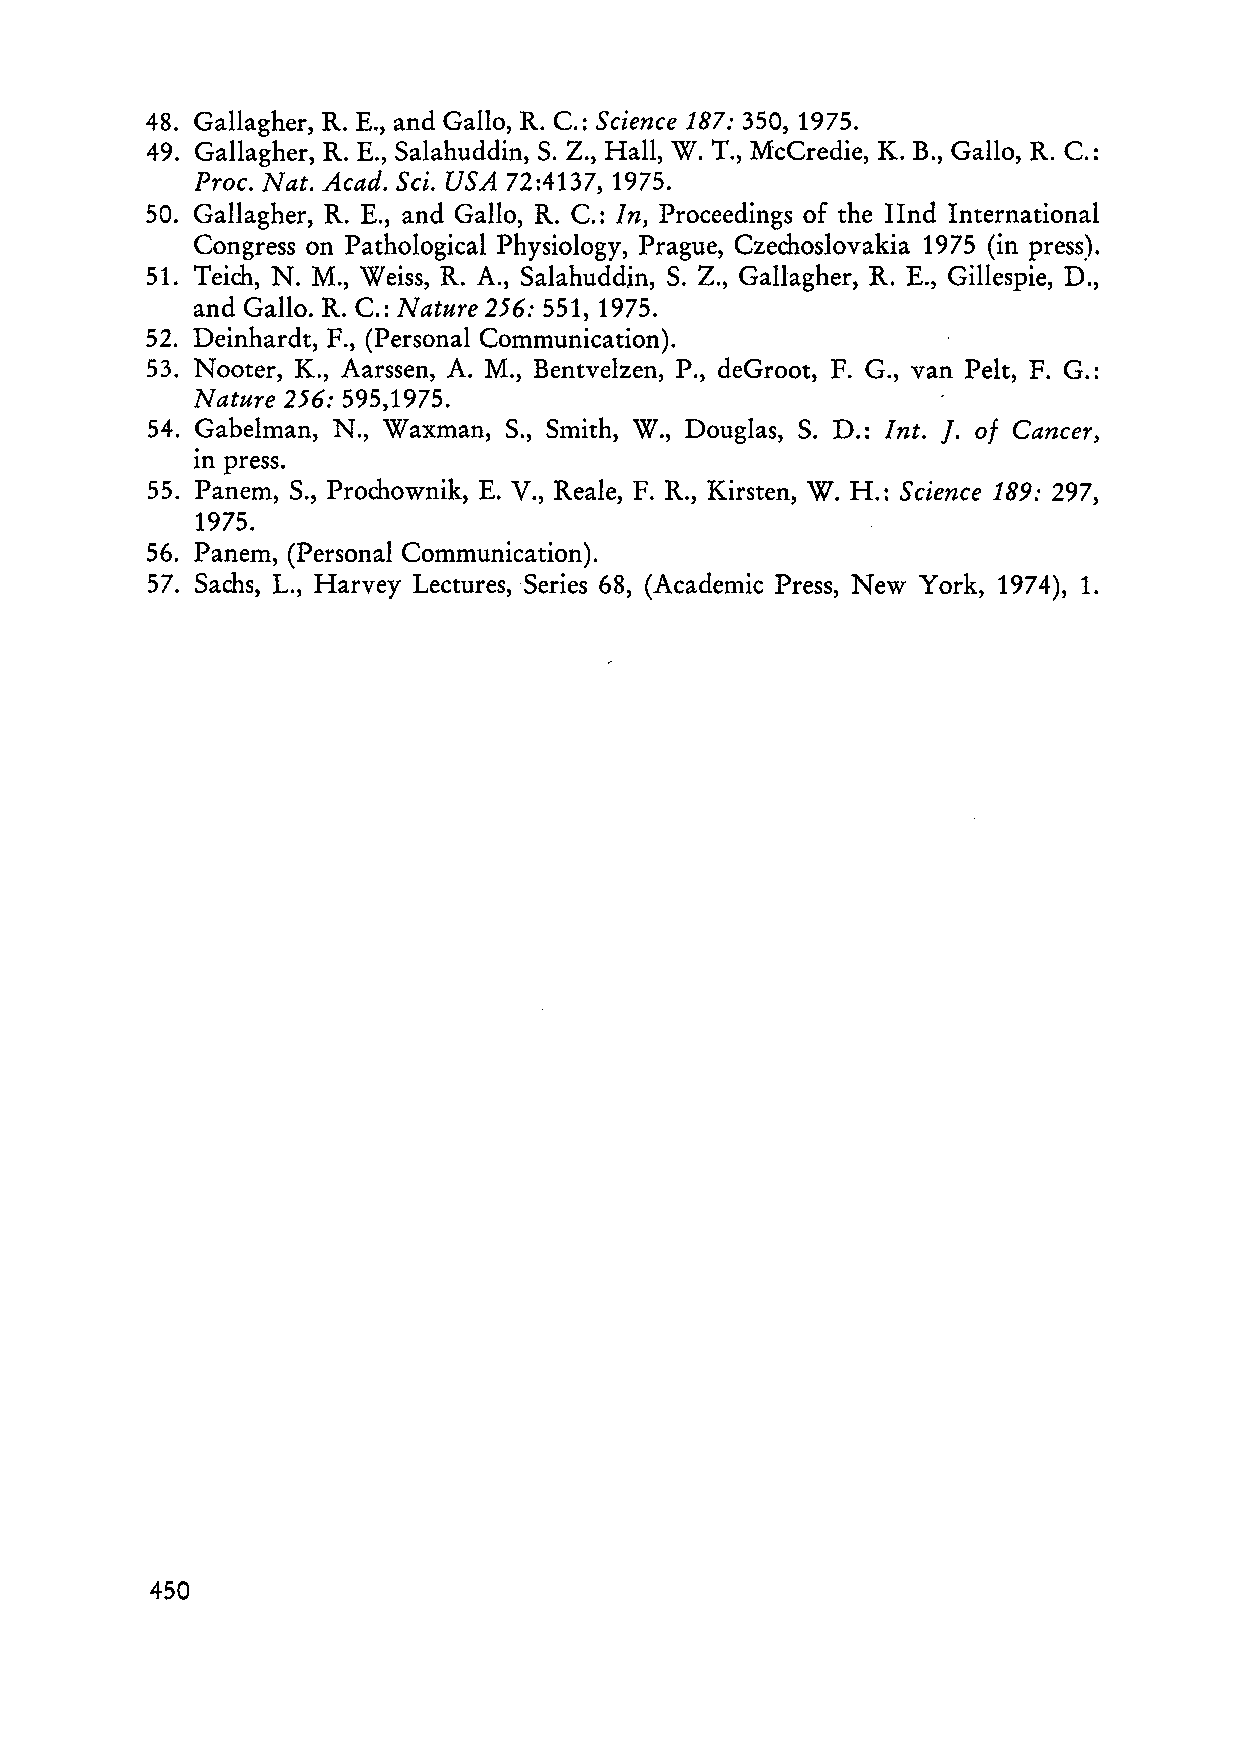
48. Gallagher, R. E., and Gallo, R. C.: Seien ce 187: 350, 1975.
 49. Gallagher, R. E., Salahuddin, S. Z., Hall, W. T., McCredie, K. B., Gallo, R. C.:
 Proc. Nat. Acad. Sei. USA 72:4137, 1975.
 50. Gallagher, R. E., and Gallo, R. C.: In, Proceedings of the IInd International
 Congress on Pathological Physiology, Prague, Czechoslovakia 1975 (in press).
 51. Teich, N. M., Weiss, R. A., Salahuddjn, S. Z., Gallagher, R. E., Gillespie, D.,
 and Gallo. R. C.: Nature 256: 551,1975.
 52. Deinhardt, F., (Personal Communication).
 53. Nooter, K., Aarssen, A. M., Bentvelzen, P., deGroot, F. G., van PeIt, F. G.:
 Nature 256: 595,1975.
 54. Gabelman, N., Waxman, S., Smith, W., Douglas, S. D.: Int. J. 0/ Cancer,
 press.
 In
 55. Panern, S., Prochownik, E. V., Reale, F. R., Kirsten, W. H.: Science 189: 297,
 1975.
 56. Panern, (Personal Communication).
 57. Sachs, L., Harvey Lectures,Series 68, (Academic Press, New York, 1974), 1.
 450